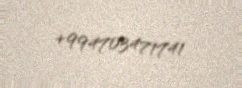
+994703471741